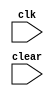
module test(clk, clear);
  input clk, clear;

  specify
    specparam tREC = 1.5, tREM = 2.1;
    $recrem (posedge clear, posedge clk, tREC, tREM);
    // is equivalent in functionality to the following, if tREC and tREM are not negative
    $removal (posedge clear, posedge clk, tREM);
    $recovery (posedge clear, posedge clk, tREC);
  endspecify
endmodule